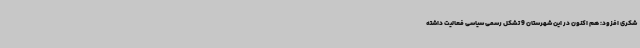
شکری افزود: هم اکنون در این شهرستان 9 تشکل رسمی سیاسی فعالیت داشته